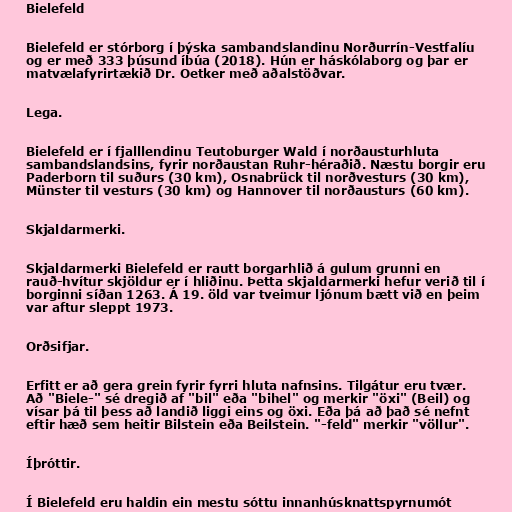
Bielefeld

Bielefeld er stórborg í þýska sambandslandinu Norðurrín-Vestfalíu
og er með 333 þúsund íbúa (2018). Hún er háskólaborg og þar er
matvælafyrirtækið Dr. Oetker með aðalstöðvar.

Lega.

Bielefeld er í fjalllendinu Teutoburger Wald í norðausturhluta
sambandslandsins, fyrir norðaustan Ruhr-héraðið. Næstu borgir eru
Paderborn til suðurs (30 km), Osnabrück til norðvesturs (30 km),
Münster til vesturs (30 km) og Hannover til norðausturs (60 km).

Skjaldarmerki.

Skjaldarmerki Bielefeld er rautt borgarhlið á gulum grunni en
rauð-hvítur skjöldur er í hliðinu. Þetta skjaldarmerki hefur verið til í
borginni síðan 1263. Á 19. öld var tveimur ljónum bætt við en þeim
var aftur sleppt 1973.

Orðsifjar.

Erfitt er að gera grein fyrir fyrri hluta nafnsins. Tilgátur eru tvær.
Að "Biele-" sé dregið af "bil" eða "bihel" og merkir "öxi" (Beil) og
vísar þá til þess að landið liggi eins og öxi. Eða þá að það sé nefnt
eftir hæð sem heitir Bilstein eða Beilstein. "-feld" merkir "völlur".

Íþróttir.

Í Bielefeld eru haldin ein mestu sóttu innanhúsknattspyrnumót